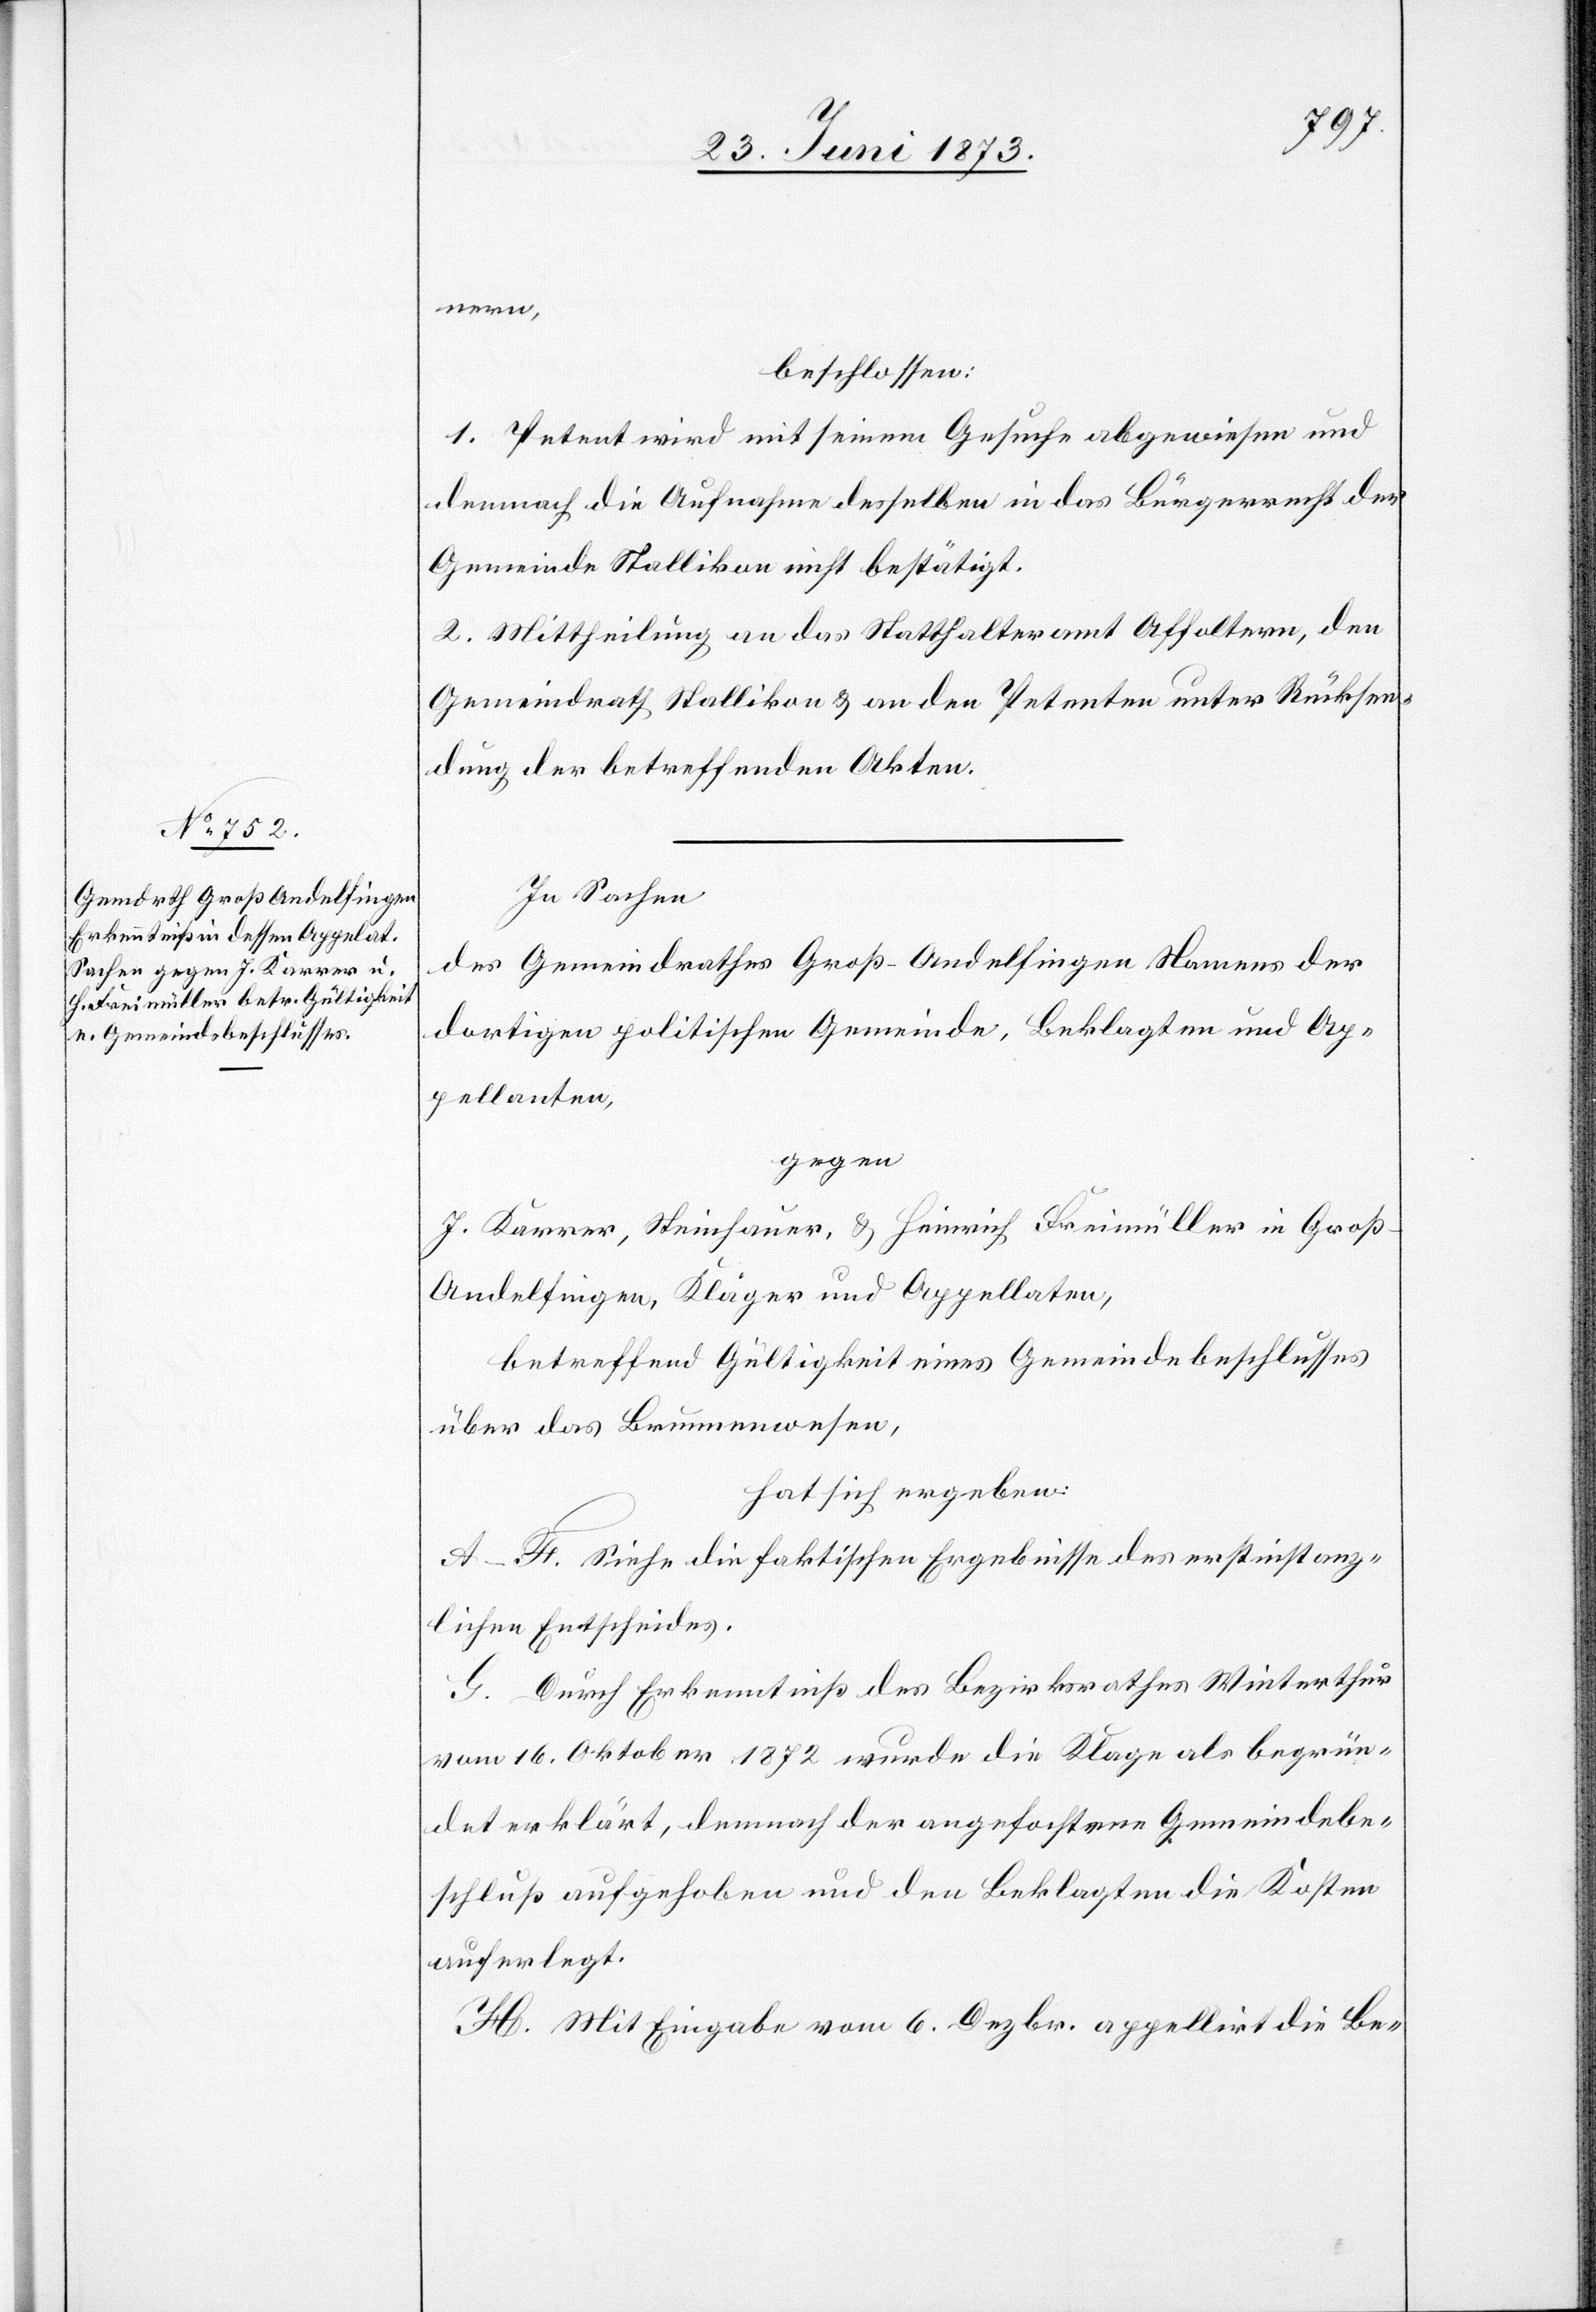
nern,
beschlossen:
1. Petent wird mit seinem Gesuche abgewiesen und
demnach die Aufnahme desselben in das Bürgerrecht der
Gemeinde Stallikon nicht bestätigt.
2. Mittheilung an das Statthalteramt Affoltern, den
Gemeindrath Stallikon & an den Petenten unter Rücksen¬
dung der betreffenden Akten.
In Sachen
des Gemeindrathes Groß–Andelfingen Namens der
dortigen politischen Gemeinde, Beklagten und Ap¬
pellanten,
gegen
J. Karrer, Steinhauer, & Heinrich Freimüller in Groß-A¬
ndelfingen, Kläger und Appellaten,
betreffend Gültigkeit eines Gemeindebeschlusses
über das Brunnenwesen,
hat sich ergeben:
A–F. Siehe die faktischen Ergebnisse des erstinstanz¬
lichen Entscheides.
G. Durch Erkenntniß des Bezirksrathes Winterthur
vom 16. Oktober 1872 wurde die Klage als begrün¬
det erklärt, demnach der angefochtene Gemeindebe¬
schluß aufgehoben und den Beklagten die Kosten
auferlegt.
H. Mit Eingabe vom 6. Dezbr. appellirt die Be-